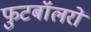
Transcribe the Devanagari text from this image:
फुटबॉलरों